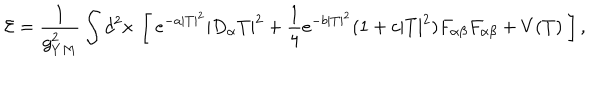
{ \cal E } = \frac 1 { g _ { Y M } ^ { 2 } } \int d ^ { 2 } x \ \left[ \ e ^ { - a | T | ^ { 2 } } | D _ { \alpha } T | ^ { 2 } + \frac 1 4 e ^ { - b | T | ^ { 2 } } ( 1 + c | T | ^ { 2 } ) F _ { \alpha \beta } F _ { \alpha \beta } + V ( T ) \ \right] ,